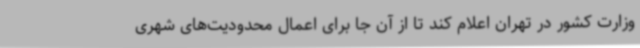
وزارت کشور در تهران اعلام کند تا از آن جا برای اعمال محدودیت‌های شهری